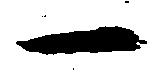
一